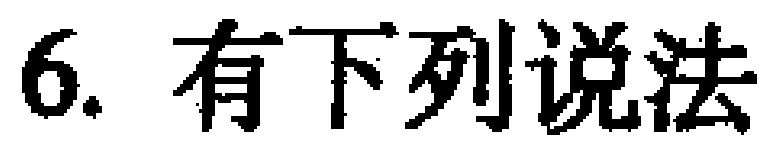
6. 有下列说法